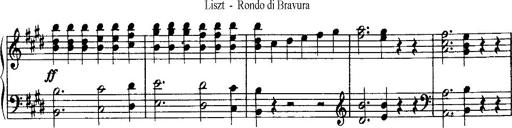
Title: Rondo di bravura
Composer: Franz Liszt